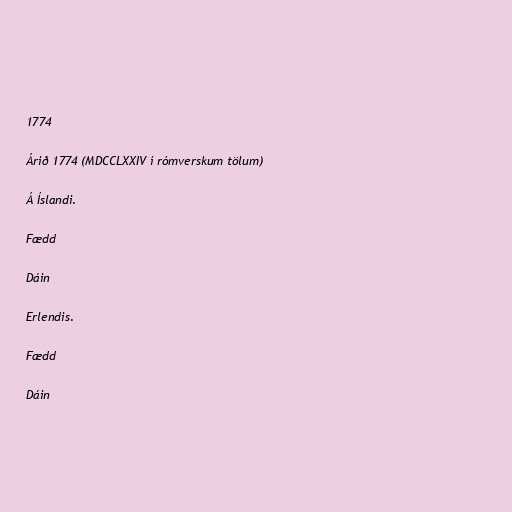
1774

Árið 1774 (MDCCLXXIV í rómverskum tölum)

Á Íslandi.

Fædd

Dáin

Erlendis.

Fædd

Dáin